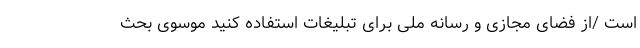
است /از فضای مجازی و رسانه ملی برای تبلیغات استفاده کنید موسوی بحث